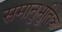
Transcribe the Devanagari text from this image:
समानुभूतिक